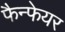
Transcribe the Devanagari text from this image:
फैन्फेयर